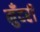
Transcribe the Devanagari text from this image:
मुँदरी